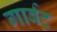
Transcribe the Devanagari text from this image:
गार्बट